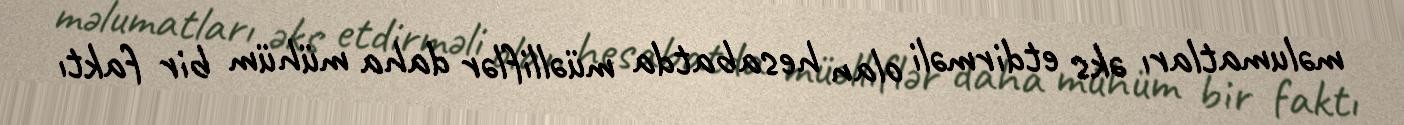
məlumatları əks etdirməli olan hesabatda müəlliflər daha mühüm bir faktı